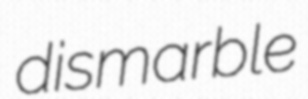
dismarble